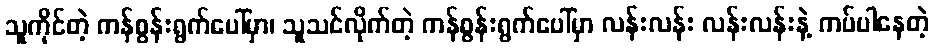
သူကိုင်တဲ့ ကန်စွန်းရွက်ပေါ်မှာ၊ သူသင်လိုက်တဲ့ ကန်စွန်းရွက်ပေါ်မှာ လန်းလန်း လန်းလန်းနဲ့ ကပ်ပါနေတဲ့